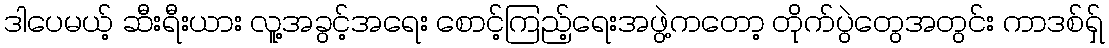
ဒါပေမယ့် ဆီးရီးယား လူ့အခွင့်အရေး စောင့်ကြည့်ရေးအဖွဲ့ကတော့ တိုက်ပွဲတွေအတွင်း ကာဒစ်ရှ်